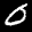
Label: 0